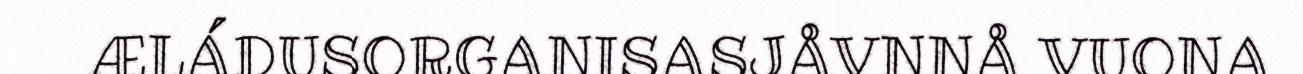
ÆLÁDUSORGANISASJÅVNNÅ VUONA